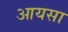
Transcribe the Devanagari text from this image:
आयसा